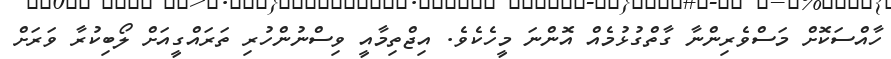
ހާއްސަކޮށް މަސްވެރިންނާ ގާތްގުޅުމެއް އޮންނަ މީހެކެވެ. އިޖްތިމާއީ ވިސްނުންހުރި ތަރައްގީއަށް ލޯބިކުރާ ވަރަށް